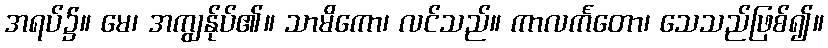
အရပ်၌။ မေ၊ အကျွန်ုပ်၏။ သာမိကော၊ လင်သည်။ ကာလင်္ကတော၊ သေသည်ဖြစ်၍။